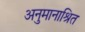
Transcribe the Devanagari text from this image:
अनुमानाश्रित